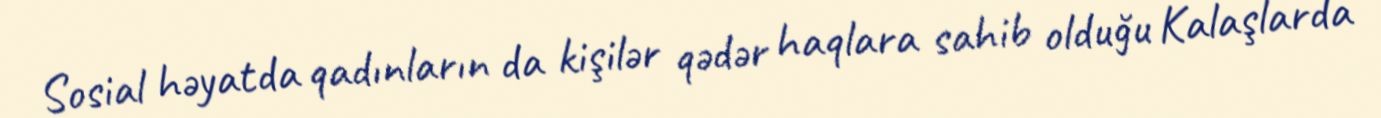
Sosial həyatda qadınların da kişilər qədər haqlara sahib olduğu Kalaşlarda